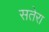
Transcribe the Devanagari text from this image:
सतेरा